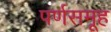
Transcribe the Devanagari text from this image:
पर्णसमूह